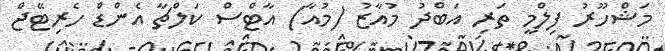
މަޝްހޫރު ފިލްމީ ތަރި އަބްދު މުއާޒު (މުއާ) އާޓްސް ކަލްޗާ އެންޑް ހެރިޓޭޖް